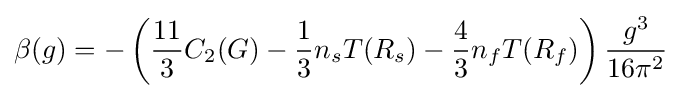
\beta (g)=-\left({\frac {11}{3}}C_{2}(G)-{\frac {1}{3}}n_{s}T(R_{s})-{\frac {4}{3}}n_{f}T(R_{f})\right){\frac {g^{3}}{16\pi ^{2}}}~